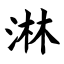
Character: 淋